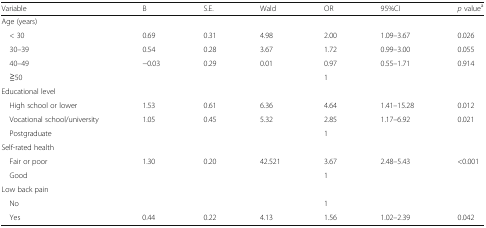
| Variable | B | S.E. | Wald | OR | 95%CI | p valuea |
 | --- | --- | --- | --- | --- | --- | --- |
 | <COLSPAN=7> Age (years) |
 | < 30 | 0.69 | 0.31 | 4.98 | 2.00 | 1.09–3.67 | 0.026 |
 | 30–39 | 0.54 | 0.28 | 3.67 | 1.72 | 0.99–3.00 | 0.055 |
 | 40–49 | −0.03 | 0.29 | 0.01 | 0.97 | 0.55–1.71 | 0.914 |
 | ≧50 |  |  |  | 1 |  |  |
 | <COLSPAN=7> Educational level |
 | High school or lower | 1.53 | 0.61 | 6.36 | 4.64 | 1.41–15.28 | 0.012 |
 | Vocational school/university | 1.05 | 0.45 | 5.32 | 2.85 | 1.17–6.92 | 0.021 |
 | Postgraduate |  |  |  | 1 |  |  |
 | <COLSPAN=7> Self-rated health |
 | Fair or poor | 1.30 | 0.20 | 42.521 | 3.67 | 2.48–5.43 | <0.001 |
 | Good |  |  |  | 1 |  |  |
 | <COLSPAN=7> Low back pain |
 | No |  |  |  | 1 |  |  |
 | Yes | 0.44 | 0.22 | 4.13 | 1.56 | 1.02–2.39 | 0.042 |